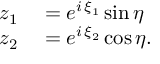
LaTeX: \begin{array} { r l } { z _ { 1 } } & { { } = e ^ { i \, \xi _ { 1 } } \sin \eta } \\ { z _ { 2 } } & { { } = e ^ { i \, \xi _ { 2 } } \cos \eta . } \end{array}